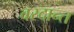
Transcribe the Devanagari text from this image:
वरदान्त